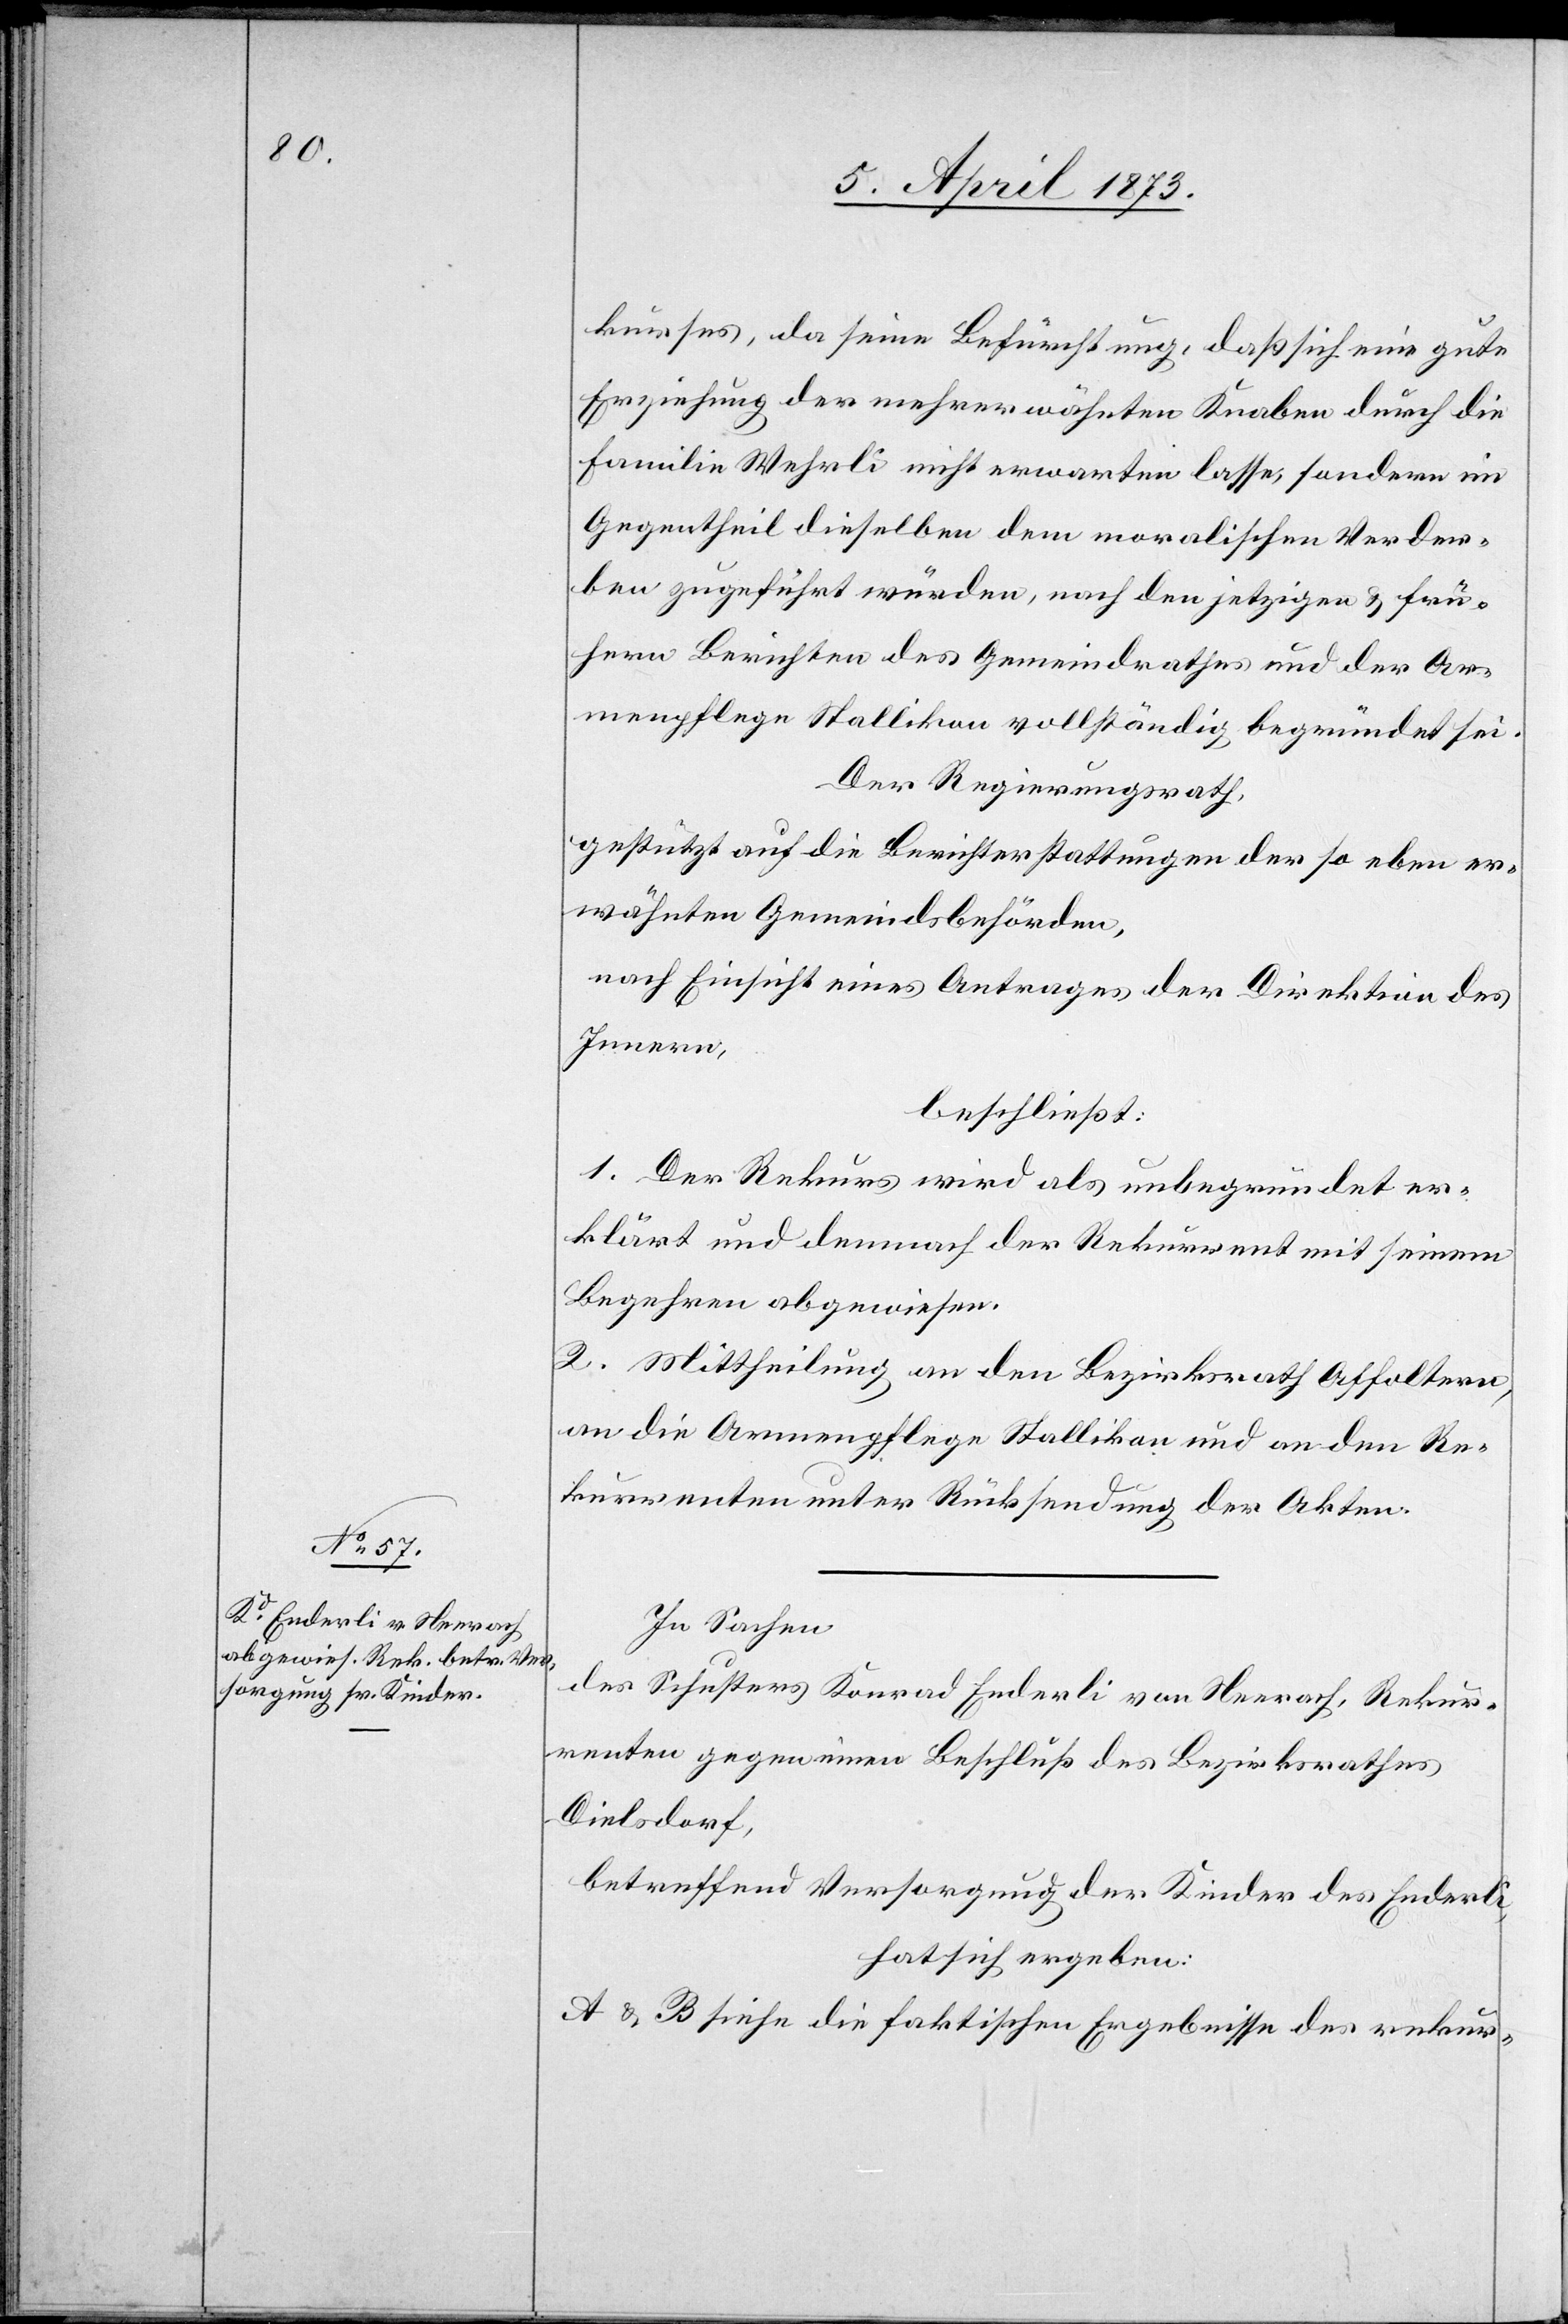
kurses, da seine Befürchtung, daß sich eine gute
Erziehung der mehrerwähnten Knaben durch die
Familie Wehrli nicht erwarten lasse, sondern im
Gegentheil dieselben dem moralischen Verder¬
ben zugeführt würden, nach den jetzigen & frü¬
hern Berichten des Gemeindrathes und der Ar¬
menpflege Stallikon vollständig begründet sei.
Der Regierungsrath,
gestützt auf die Berichterstattungen der so eben er¬
wähnten Gemeindsbehörden,
nach Einsicht eines Antrages der Direktion des
Innern,
beschließt:
1. Der Rekurs wird als unbegründet er¬
klärt und demnach der Rekurrent mit seinem
Begehren abgewiesen.
2. Mittheilung an den Bezirksrath Affoltern,
an die Armenpflege Stallikon und an den Re¬
kurrenten unter Rücksendung der Akten.
In Sachen
des Schusters Konrad Enderli von Neerach, Rekur¬
renten gegen einen Beschluß des Bezirksrathes
Dielsdorf,
betreffend Versorgung der Kinder des Enderli,
hat sich ergeben:
A & B siehe die faktischen Ergebnisse des rekur-